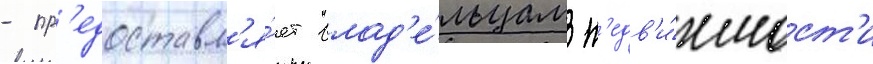
- пр'едоставл'я́ет влад'е́льцам н'едв'и́жимост'и